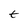
Character: t